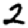
Digit: 2